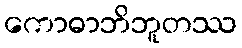
ကောဓာဘိဘူတဿ